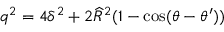
q ^ { 2 } = 4 \delta ^ { 2 } + 2 \widehat { R } ^ { 2 } ( 1 - \cos ( \theta - \theta ^ { \prime } ) )